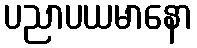
ပညာပယမာနော